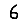
Digit: 6